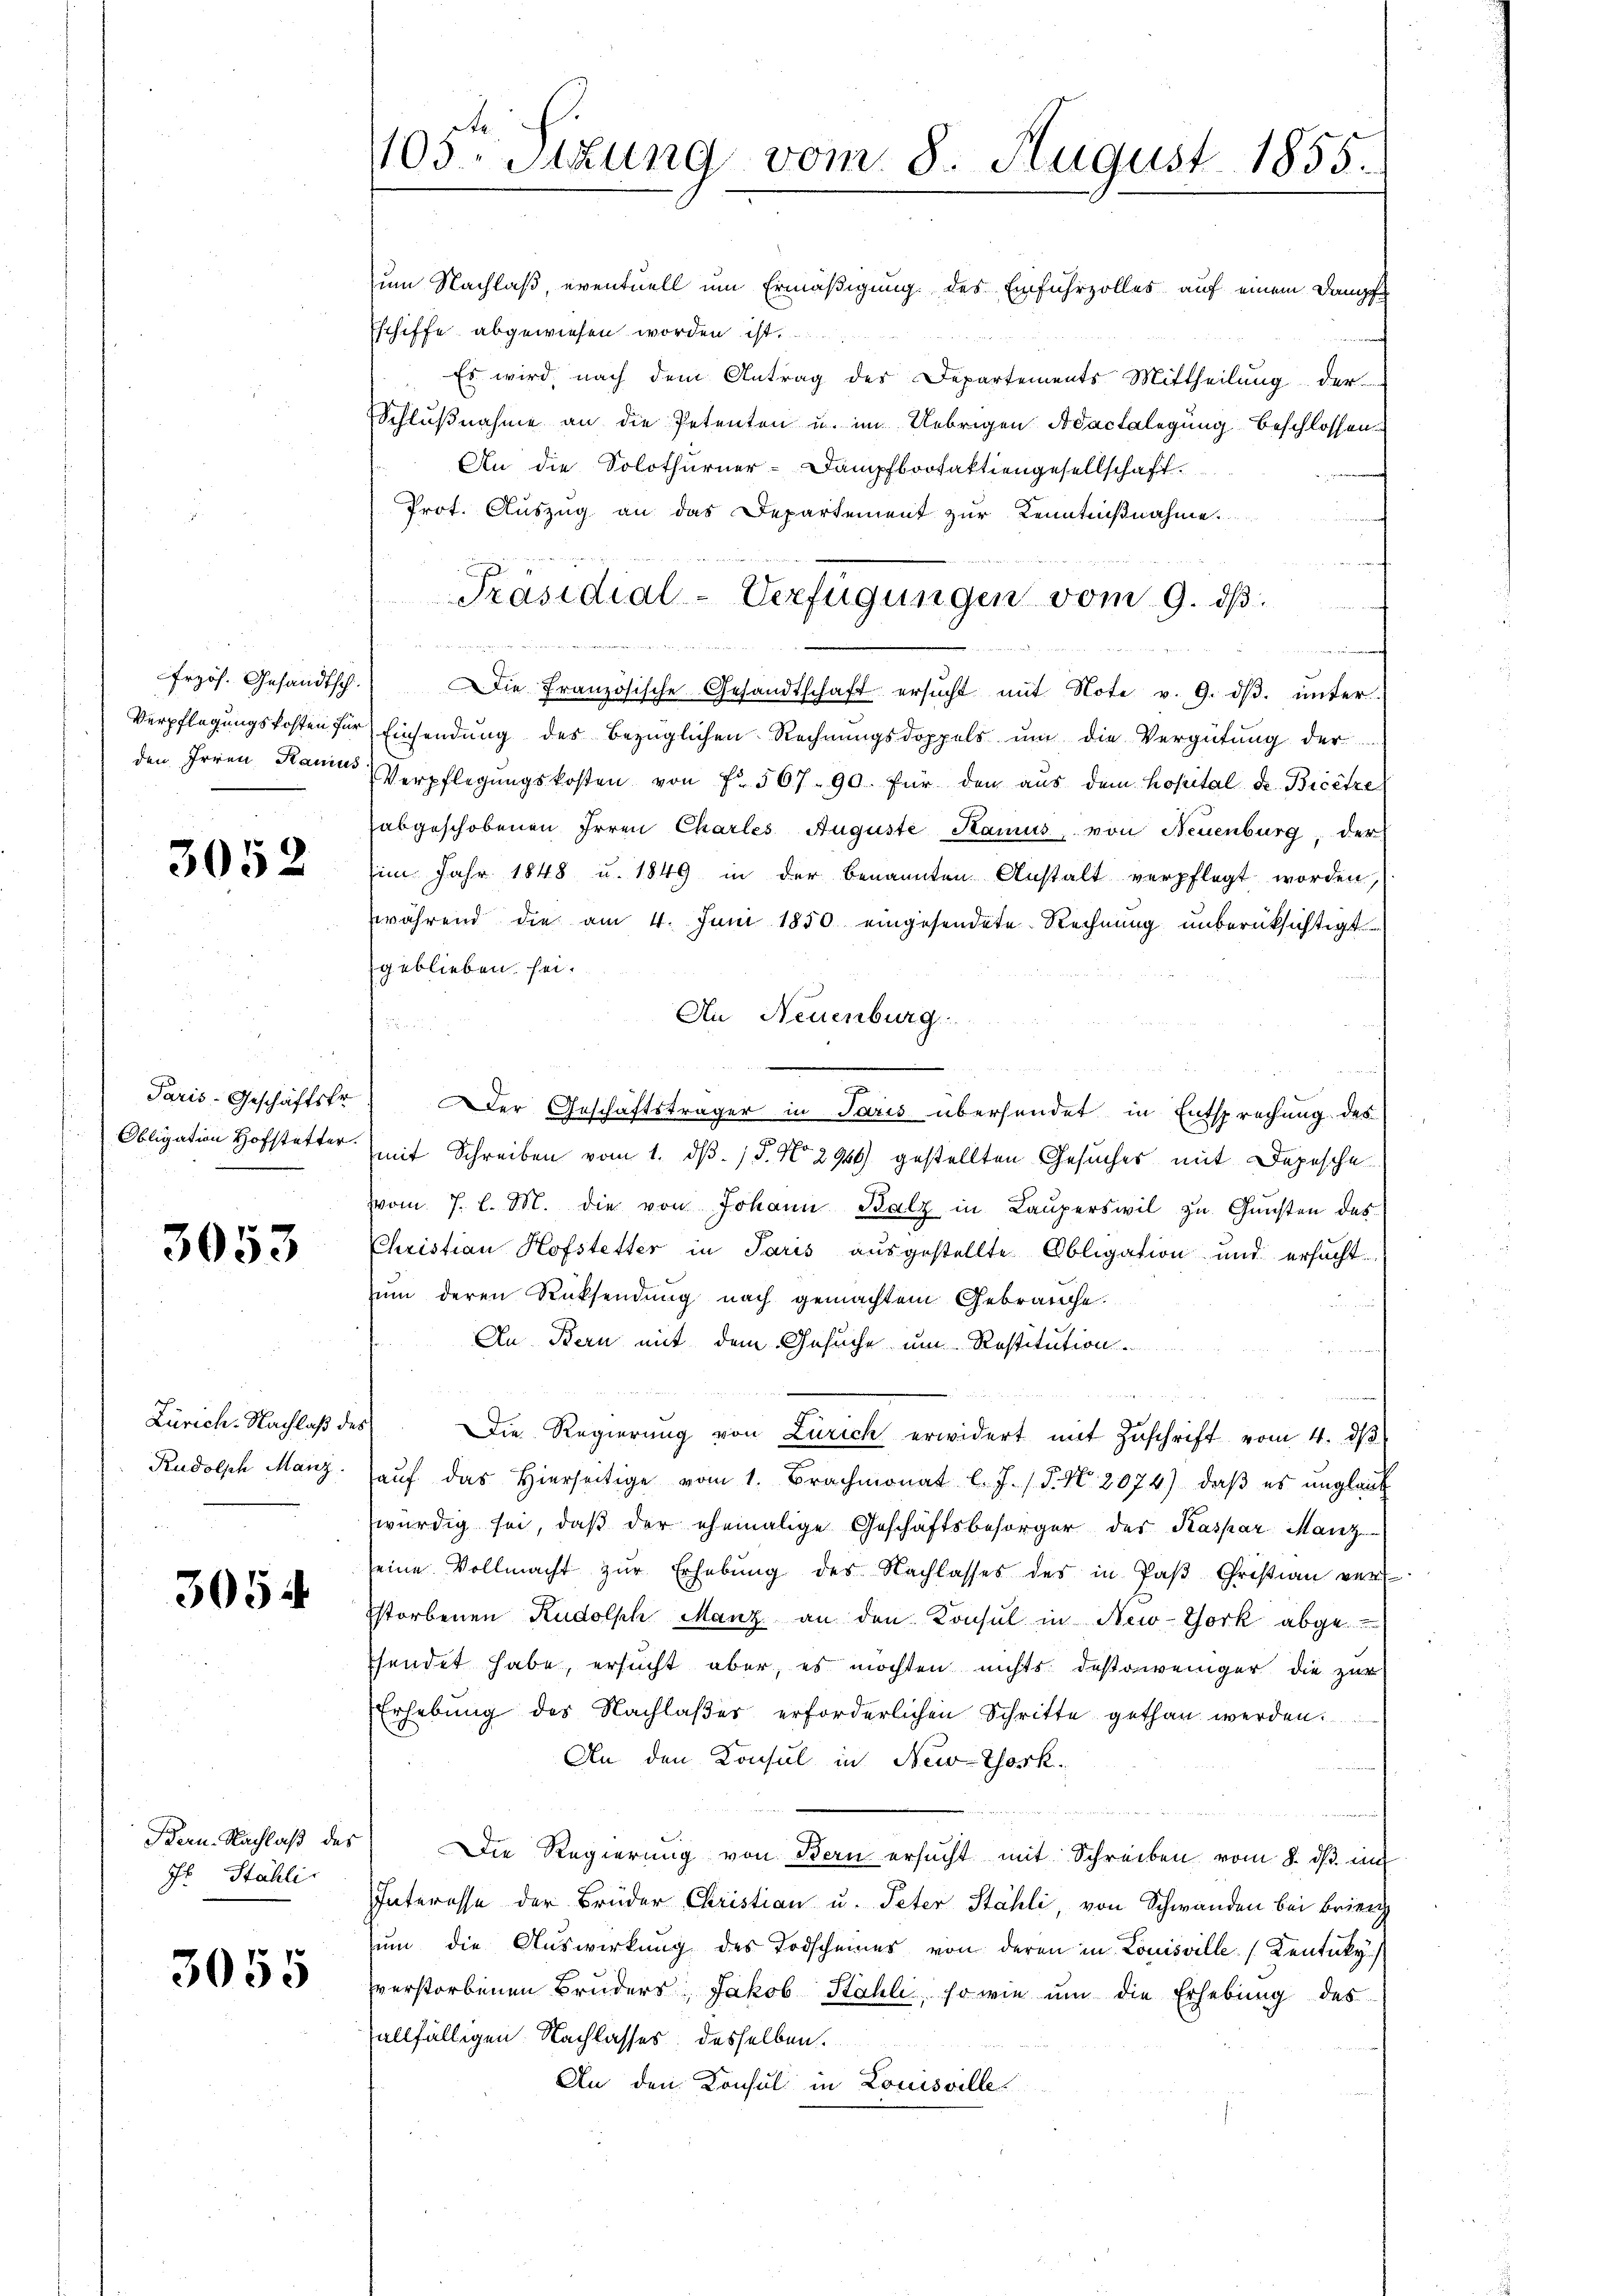
frzös. Gesandtsch
Verpflegungskosten für
den Irren Hanius

3052

Paris-Geschäftstr
Obligation Hofstetter.

3053

Zürich-Nachlaß der
Rudolph Manz

3054

Bern. Nachlaß des
Jb. Stähli

3055

1105. Sitzung vom 8. August 1855.

zum Nachlaß eventuell um Ermäßigung des Einfuhrzolles auf einem Dampf
Eschiffe abgewiesen worden ist.
Es wird nach dem Antrag des Departements Mittheilung der
Schlußnahme an die Petenten u. im Uebrigen Adactalegung beschlossen-
An die Solothurner-Dampfbootaktiengesellschaft
Prot. Auszug an das Departement zur Kenntnißnahme
R

Die Französische Gesandtschaft ersŭcht mit Note v. 9. dβ ŭnter
Einsendung des bezüglichen Rechnungsdoppels um die Vergütung der
Verpflegŭngskosten von f. 567. 90. für den aus dem Kopital de Bicetze
abgeschobenen Irren Chartes Auguste Stamus, von Neuenburg, der
im Jahr 1848 u. 1849 in der benannten Anstalt verpflegt worden,
wwährend die am 4. Juni 1850 eingesendete Rechnung unberücksichtigt
geblieben sei.
An Neuenburg.

Der Geschäftsträger in Paris übersendet in Entsprechung des
mit Schreiben vom 1. d. 15. No. 2956) gestellten Gesuches mit Depesche
vom 7. l. M. die von Johann Balz in Lauperswil zu Gunsten des
Christian Hofstetter in Paris ausgestellte Obligation und ersacht
zum deren Rücksendung nach gemachtem Gebrauche.
An Bern mit dem Gesuche um Restitution
Die Regierung von Zürich erwidert mit Zuschrift vom 4. dβ
aŭf das hierseitige vom 1. Brachmonat l. J. (T. N. 2074), daß es unglaub
würdig sei, daβ der ehemalige Geschäftsbesorger des Kaspar Manz
seine Vollmacht zŭr Erhebŭng des Nachlasses des in Paβ Christian ver
storbenen Rudolph Manz an den Konsul in New-York abgesendet habe, ersucht aber, es möchten nichts destoweniger die zur
Erhebung des Nachlaßes erforderlichen Schritte gethan werden.
An den Konsul in New-York
e
Die Regierung von Bern ersucht mit Schreiben vom 8. ds im
Interesse der Brüder Christian u. Peter Stähli, von Schwanden bei Brienz
um die Auswirkung des Todscheiner von deren in Louisville Kentuky
verstorbenen Bruders, Jakob Stähli, so wie um die Erhebung des
allfälligen Nachlasses desselben
An den Konsul in Louisville

Präsidial-Verfügungen vom 9. ds.
anierte
       Diementen den